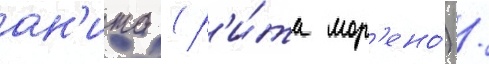
ан'ита (р'и́та мор'ено́) /